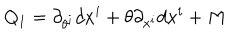
LaTeX: Q _ { 1 } = \partial _ { \theta ^ { i } } d x ^ { i } + \theta \partial _ { x ^ { i } } d x ^ { i } + M